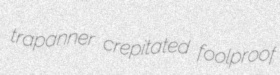
trapanner crepitated foolproof